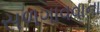
સળગાવવાના